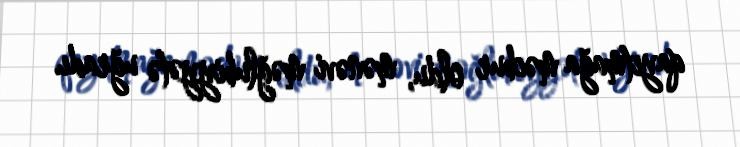
qayıtmağa məcbur oldu, mənəvi məğlubiyyətə uğradı.